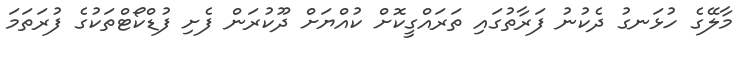
މާލޭގެ ހުޅަނގު ދެކުނު ފަރާތުގައި ތަރައްގީކޮށް ކުއްޔަށް ދޫކުރަން ފެށި ފުޑްކޯޓްތަކުގެ ފުރަތަމަ